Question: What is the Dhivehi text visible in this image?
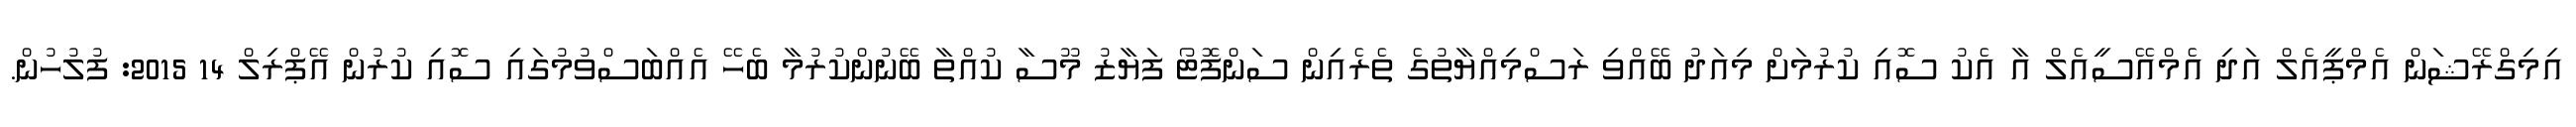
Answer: އިމިގްރޭޝަން އެމްޕީއެލް އަދި އެމްއޭސީއެލް އާ އެކު ސޮއި ކުރުމަށް މިއަދު ބޭއްވި ރަސްމިއްޔާތުގެ ތެރެއިން ސަންފޮޓޯ ފަޔާޒު މޫސާ ކުއްތާ ބޭނުންކުރުމާ ބެހޭ އެއްބަސްވުމުގައި ސޮއި ކުރުން އޭޕްރިލް 14 2015: ފުލުހުން.